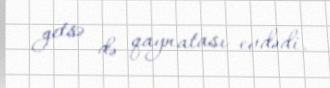
getsə də qaynatası evdədi.